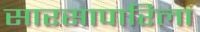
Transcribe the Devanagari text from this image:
सारसापारिला